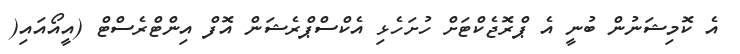
އެ ކޮމިޝަނުން ބުނީ އެ ޕްރޮޖެކްޓަށް ހުށަހެޅި އެކްސްޕްރެޝަން އޮފް އިންޓްރެސްޓް (އީއޯއައި(